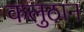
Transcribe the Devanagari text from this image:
कलुठान